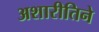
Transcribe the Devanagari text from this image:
अशारीतिने